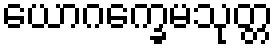
ယောဂက္ခေမသုတ္တ